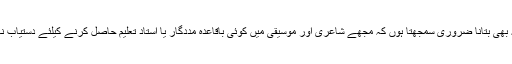
میں یہاں یہ بھی بتانا ضروری سمجھتا ہُوں کہ مجھے شاعری اور موسیقی میں کوئی باقاعدہ مددگار یا استاد تعلیم حاصل کرنے کیلئے دستیاب نہیں ہو سکا۔